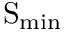
\ensuremath \mathrm { { S } } _ { \mathrm { m i n } }